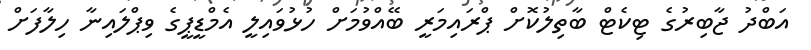
އަބްދު ޖާބިރުގެ ޓިކެޓް ބާތިލުކޮށް ޕްރައިމަރީ ބޭއްވުމަށް ހުޅުވައިލީ އެމްޑީޕީގެ ވިޕްލައިނާ ހިލާފަށް